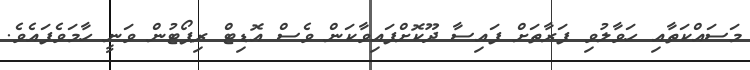
މަސައްކަތާއި ހަވާލުވި ފަރާތަށް ފައިސާ ދޫކޮށްފައިވާކަން ވެސް އޮޑިޓް ރިޕޯޓުން ވަނީ ހާމަވެފައެވެ.